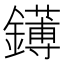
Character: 䥬